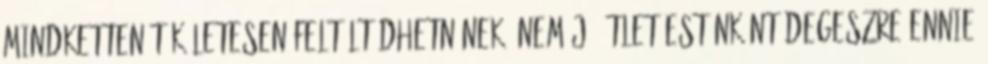
mindketten tökéletesen feltöltődhetnének. Nem jó ötlet esténként degeszre ennie